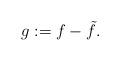
LaTeX: \begin{align*} g := f - \tilde f.\end{align*}